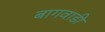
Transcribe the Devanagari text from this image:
बागवाडी